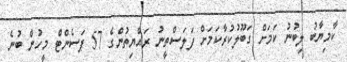
ކާމިޔާބު ލިބުނު ކަމަށް ގަބޫލުކުރާކަމަށް ފަަލަސްތީނު ރައްޔިތުންގެ 57 ޕަސެންޓް މީހުން ބުނެ